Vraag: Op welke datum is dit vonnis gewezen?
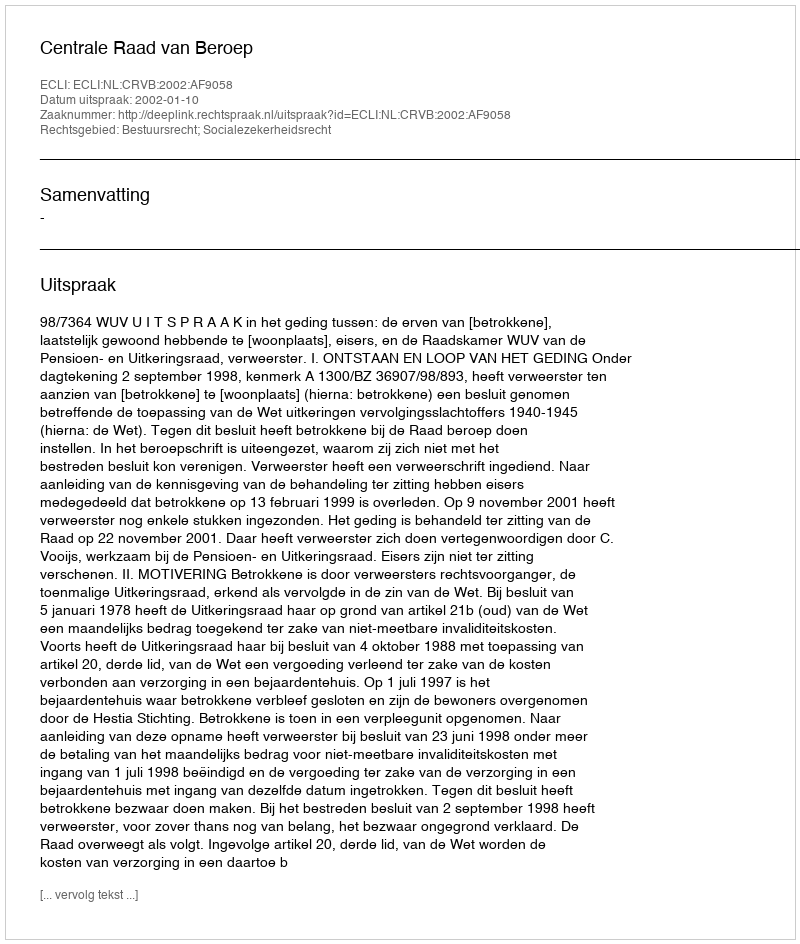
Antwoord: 2002-01-10